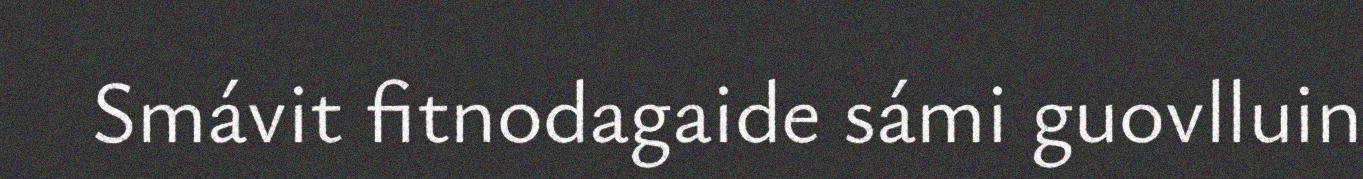
Smávit fitnodagaide sámi guovlluin